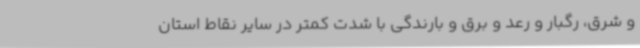
و شرق، رگبار و رعد و برق و بارندگی با شدت کمتر در سایر نقاط استان